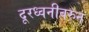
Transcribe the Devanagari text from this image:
दूरध्वनीवरुन